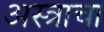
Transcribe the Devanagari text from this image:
अस्त्राचा